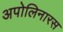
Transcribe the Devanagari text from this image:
अपोलिनारस